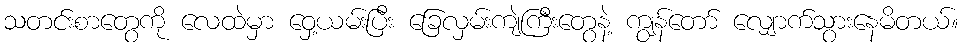
သတင်းစာတွေကို လေထဲမှာ ဝှေ့ယမ်းပြီး ခြေလှမ်းကျဲကြီးတွေနဲ့ ကျွန်တော် လျှောက်သွားနေမိတယ်။